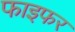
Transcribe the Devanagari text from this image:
फाइफर